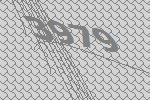
3979